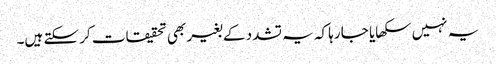
یہ نہیں سکھایا جا رہا کہ یہ تشدد کے بغیر بھی تحقیقات کر سکتے ہیں۔